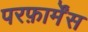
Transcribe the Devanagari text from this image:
परफ़ार्मेंस